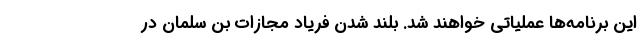
این برنامه‌ها عملیاتی خواهند شد. بلند شدن فریاد مجازات بن سلمان در